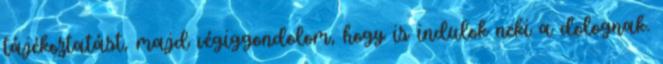
tájékoztatást, majd végiggondolom, hogy is indulok neki a dolognak.